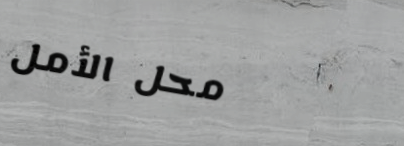
محل الأمل